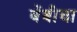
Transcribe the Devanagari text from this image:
बेंबीचा